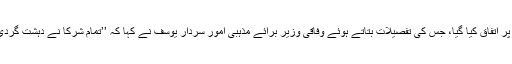
علما اور مشائخ کونسل کے اجلاس میں 15 نکاتی مشترکہ اعلامیے پر اتفاق کیا گیا، جس کی تفصیلات بتاتے ہوئے وفاقی وزیر برائے مذہبی اُمور سردار یوسف نے کہا کہ ’’تمام شرکا نے دہشت گردی کی شدید مذمت کرتے ہوئے خودکش حملوں کو حرام قرار دیا ہے۔